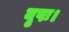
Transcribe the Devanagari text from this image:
वृषः।